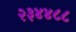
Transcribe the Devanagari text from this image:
२३४४८८